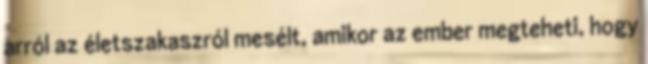
arról az életszakaszról mesélt, amikor az ember megteheti, hogy